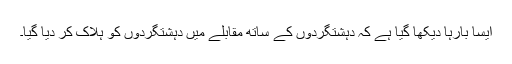
ایسا بارہا دیکھا گیا ہے کہ دہشتگردوں کے ساتھ مقابلے میں دہشتگردوں کو ہلاک کر دیا گیا۔